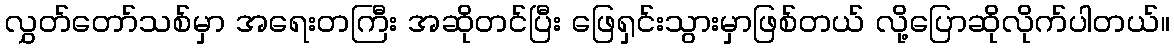
လွှတ်တော်သစ်မှာ အရေးတကြီး အဆိုတင်ပြီး ဖြေရှင်းသွားမှာဖြစ်တယ် လို့ပြောဆိုလိုက်ပါတယ်။